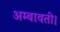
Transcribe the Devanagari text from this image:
अम्बावती।